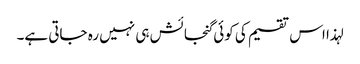
لہذا اس تقسیم کی کوئی گنجائش ہی نہیں رہ جاتی ہے۔